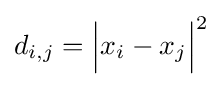
d_{i,j}={\Big |}x_{i}-x_{j}{\Big |}^{2}